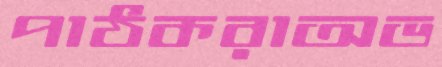
পাঠকরাঅভ